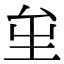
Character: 𡊏